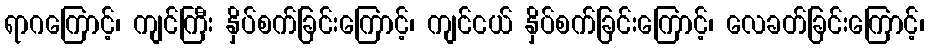
ရာဂကြောင့်၊ ကျင်ကြီး နှိပ်စက်ခြင်းကြောင့်၊ ကျင်ငယ် နှိပ်စက်ခြင်းကြောင့်၊ လေခတ်ခြင်းကြောင့်၊